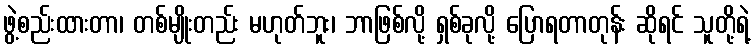
ဖွဲ့စည်းထားတာ၊ တစ်မျိုးတည်း မဟုတ်ဘူး၊ ဘာဖြစ်လို့ ရှစ်ခုလို့ ပြောရတာတုန်း ဆိုရင် သူတို့ရဲ့